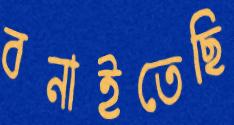
বনাইতেছি